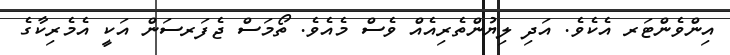
އިންވެންޓަރ އެކެވެ. އަދި ލިޔުންތެރިއެއް ވެސް މެއެވެ. ތޯމަސް ޖެފަރސަން އަކީ އެމެރިކާގެ